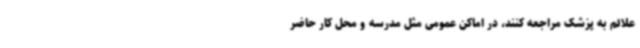
علائم به پزشک مراجعه کنند، در اماکن عمومی مثل مدرسه و محل کار حاضر